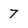
Character: 7